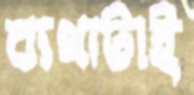
ব্যথাটাই